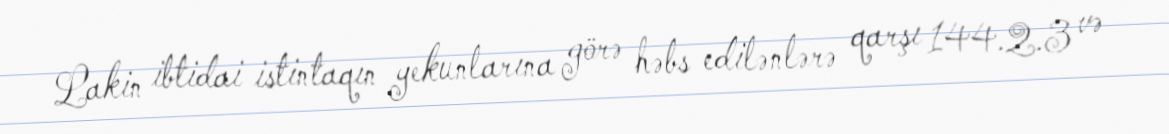
Lakin ibtidai istintaqın yekunlarına görə həbs edilənlərə qarşı 144.2.3 və